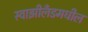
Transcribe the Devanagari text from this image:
स्वाझीलँडमधील